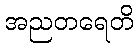
အညတရေတိ